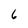
Character: 6